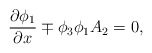
\begin{align*}\frac{\partial \phi_1}{\partial x}\mp \phi_3\phi_1A_2=0,\end{align*}